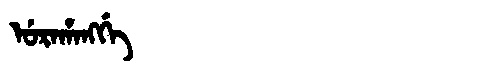
Manchu: ᡠᡵᠠᡥᠠᠩᡤᡝ
Romanization: URAHANGGE